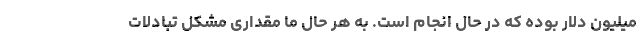
میلیون دلار بوده که در حال انجام است. به هر حال ما مقداری مشکل تبادلات